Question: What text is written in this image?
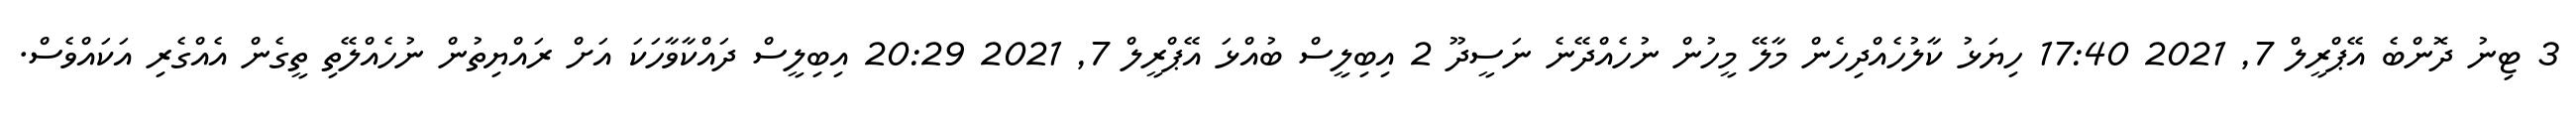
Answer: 3 ޓިނު ދޮންބެ އޭޕްރީލް 7, 2021 17:40 ހިޔަޅު ކާލުހެއްދިހެން މާލޭ މީހުން ނުހެއްދޭނެ ނަސީދޫ 2 އިބިލީސް ބުއްޅަ އޭޕްރީލް 7, 2021 20:29 އިބިލީސް ދައްކާވާހަކަ އަށް ރައްޔިތުން ނުހެއްލޭތި ތީގެން އެއްގެރި އަކައްވެސް.